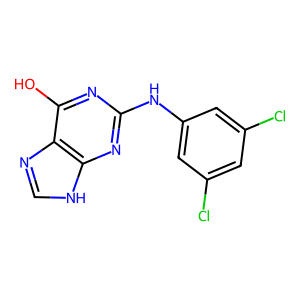
SMILES: Oc1nc(Nc2cc(Cl)cc(Cl)c2)nc2[nH]cnc12
Inhibits HIV replication: No